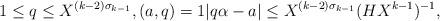
LaTeX: \begin{align*} 1\le q\le X^{(k-2)\sigma_{k-1}},(a, q) = 1|q\alpha-a|\le X^{(k-2)\sigma_{k-1}}(HX^{k-1})^{-1},\end{align*}